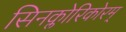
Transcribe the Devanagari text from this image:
सिनक्लोरिकोरम्